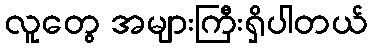
လူတွေ အများကြီးရှိပါတယ်